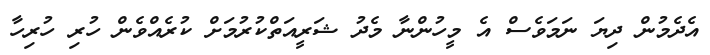
އެދެމުން ދިޔަ ނަމަވެސް އެ މީހުންނާ މެދު ޝަރީއަތްކުރުމަށް ކުރެއްވެން ހުރި ހުރިހާ